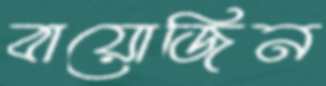
বায়োজিন